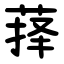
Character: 萚